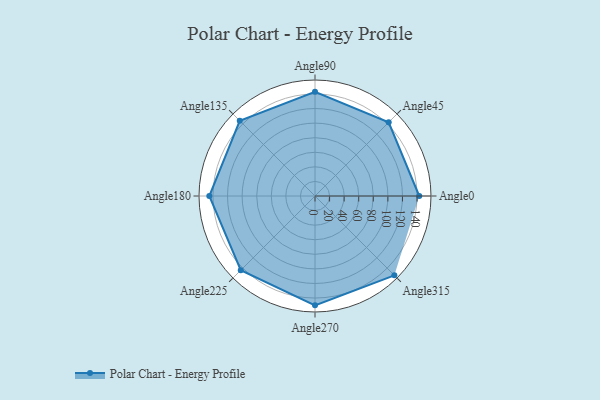
{"axis": {"x": "Angle", "y": "Radius"}, "legend": [""], "data": [{"x": "Angle0", "y": 143.0, "type": ""}, {"x": "Angle45", "y": 143.0, "type": ""}, {"x": "Angle90", "y": 143.0, "type": ""}, {"x": "Angle135", "y": 146.0, "type": ""}, {"x": "Angle180", "y": 145.0, "type": ""}, {"x": "Angle225", "y": 144.0, "type": ""}, {"x": "Angle270", "y": 150.0, "type": ""}, {"x": "Angle315", "y": 154.0, "type": ""}]}